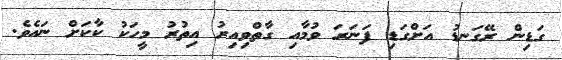
ގަޑިން ރޭގަނޑު އަށްގަޑި ފަނަރަ ވުމާއި ގާތްވިއިރު އިތުރު މީހަކު ކާކަށް ނައެވެ.